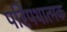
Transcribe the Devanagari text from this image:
परिपथात्मक